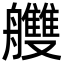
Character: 艭